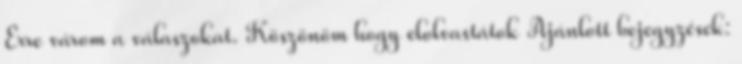
Erre várom a válaszokat. Köszönöm hogy elolvastátok Ajánlott bejegyzések: